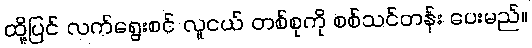
ထို့ပြင် လက်ရွေးစင် လူငယ် တစ်စုကို စစ်သင်တန်း ပေးမည်။